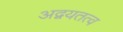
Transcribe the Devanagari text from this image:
अद्वयतत्व